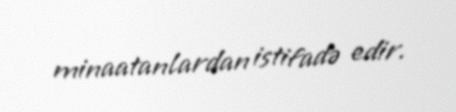
minaatanlardan istifadə edir.